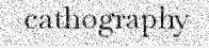
cathography